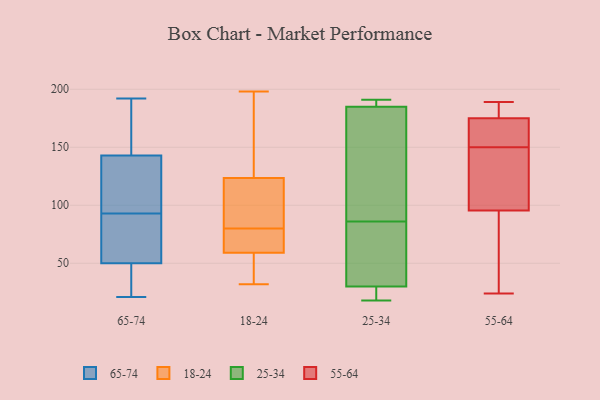
{"axis": {"x": "Revenue (USD Million)", "y": "Value"}, "legend": ["18-24", "25-34", "55-64", "65-74"], "data": [{"x": "", "y": 62, "type": "65-74"}, {"x": "", "y": 33, "type": "65-74"}, {"x": "", "y": 192, "type": "65-74"}, {"x": "", "y": 88, "type": "65-74"}, {"x": "", "y": 156, "type": "65-74"}, {"x": "", "y": 142, "type": "65-74"}, {"x": "", "y": 70, "type": "65-74"}, {"x": "", "y": 44, "type": "65-74"}, {"x": "", "y": 28, "type": "65-74"}, {"x": "", "y": 144, "type": "65-74"}, {"x": "", "y": 103, "type": "65-74"}, {"x": "", "y": 104, "type": "65-74"}, {"x": "", "y": 56, "type": "65-74"}, {"x": "", "y": 164, "type": "65-74"}, {"x": "", "y": 59, "type": "65-74"}, {"x": "", "y": 98, "type": "65-74"}, {"x": "", "y": 172, "type": "65-74"}, {"x": "", "y": 42, "type": "65-74"}, {"x": "", "y": 21, "type": "65-74"}, {"x": "", "y": 137, "type": "65-74"}, {"x": "", "y": 61, "type": "18-24"}, {"x": "", "y": 88, "type": "18-24"}, {"x": "", "y": 69, "type": "18-24"}, {"x": "", "y": 72, "type": "18-24"}, {"x": "", "y": 198, "type": "18-24"}, {"x": "", "y": 159, "type": "18-24"}, {"x": "", "y": 103, "type": "18-24"}, {"x": "", "y": 198, "type": "18-24"}, {"x": "", "y": 66, "type": "18-24"}, {"x": "", "y": 46, "type": "18-24"}, {"x": "", "y": 57, "type": "18-24"}, {"x": "", "y": 113, "type": "18-24"}, {"x": "", "y": 123, "type": "18-24"}, {"x": "", "y": 46, "type": "18-24"}, {"x": "", "y": 124, "type": "18-24"}, {"x": "", "y": 32, "type": "18-24"}, {"x": "", "y": 191, "type": "25-34"}, {"x": "", "y": 90, "type": "25-34"}, {"x": "", "y": 173, "type": "25-34"}, {"x": "", "y": 187, "type": "25-34"}, {"x": "", "y": 18, "type": "25-34"}, {"x": "", "y": 185, "type": "25-34"}, {"x": "", "y": 30, "type": "25-34"}, {"x": "", "y": 24, "type": "25-34"}, {"x": "", "y": 54, "type": "25-34"}, {"x": "", "y": 82, "type": "25-34"}, {"x": "", "y": 122, "type": "55-64"}, {"x": "", "y": 113, "type": "55-64"}, {"x": "", "y": 107, "type": "55-64"}, {"x": "", "y": 46, "type": "55-64"}, {"x": "", "y": 84, "type": "55-64"}, {"x": "", "y": 180, "type": "55-64"}, {"x": "", "y": 143, "type": "55-64"}, {"x": "", "y": 24, "type": "55-64"}, {"x": "", "y": 46, "type": "55-64"}, {"x": "", "y": 189, "type": "55-64"}, {"x": "", "y": 181, "type": "55-64"}, {"x": "", "y": 162, "type": "55-64"}, {"x": "", "y": 171, "type": "55-64"}, {"x": "", "y": 157, "type": "55-64"}, {"x": "", "y": 173, "type": "55-64"}, {"x": "", "y": 177, "type": "55-64"}]}